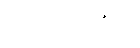
ဗလီဗဒ္ဒေဟီတိ